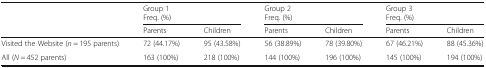
<table><thead><tr><td></td><td colspan="2"><b>Group 1Freq. (%)</b></td><td colspan="2"><b>Group 2Freq. (%)</b></td><td colspan="2"><b>Group 3Freq. (%)</b></td></tr><tr><td></td><td><b>Parents</b></td><td><b>Children</b></td><td><b>Parents</b></td><td><b>Children</b></td><td><b>Parents</b></td><td><b>Children</b></td></tr></thead><tbody><tr><td>Visited the Website (<i>n</i> = 195 parents)</td><td>72 (44.17%)</td><td>95 (43.58%)</td><td>56 (38.89%)</td><td>78 (39.80%)</td><td>67 (46.21%)</td><td>88 (45.36%)</td></tr><tr><td>All (<i>N</i> = 452 parents)</td><td>163 (100%)</td><td>218 (100%)</td><td>144 (100%)</td><td>196 (100%)</td><td>145 (100%)</td><td>194 (100%)</td></tr></tbody></table>